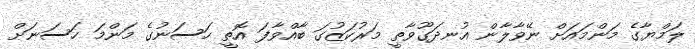
ލަމްޔާގެ މަންމައަށް ނޭވާލާން އުނދަގޫވާތީ މަރުކަޒުގަ ބާއްވާފަ އޮތީ ހަސަނުގެ މަންމަ ހަސަނަށް